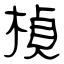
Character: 楨